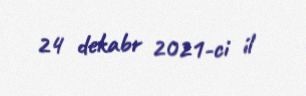
24 dekabr 2021-ci il